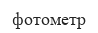
фотометр